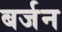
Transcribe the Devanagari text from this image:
बर्जन